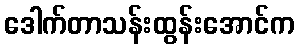
ဒေါက်တာသန်းထွန်းအောင်က